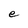
Character: e